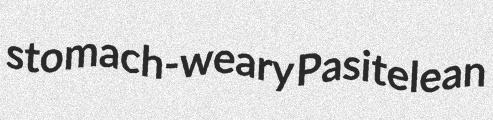
stomach-weary Pasitelean